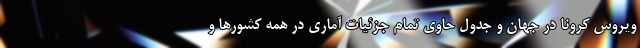
ویروس کرونا در جهان و جدول حاوی تمام جزئیات آماری در همه کشورها و